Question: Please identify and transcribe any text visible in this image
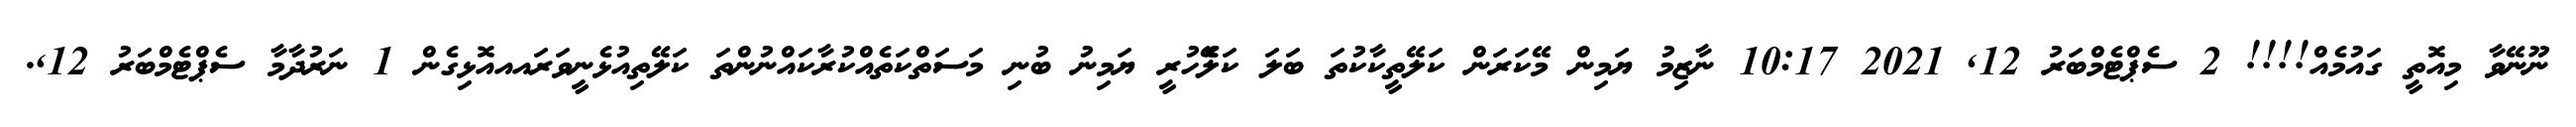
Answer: ނޫނޭވާ މިއޮތީ ގައުމެއް!!!! 2 ސެޕްޓެމްބަރު 12, 2021 10:17 ނާޒިމު ޔަމިން މޭކަރަން ކަލޭތީކާކުތަ ބަލަ ކަލެޭހުރީ ޔަމިނު ބުނި މަސަތްކަތެއްކުރާކައްނުންތަ ކަލޭތިއުޅެނީވަރައއއޮޅިގެން 1 ނަރުދާމާ ސެޕްޓެމްބަރު 12,.